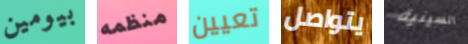
بيومين منظمه تعيين يتواصل السينية